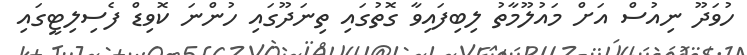
ހުވަދޫ ނިއުސް އަށް މައުލޫމާތު ލިބިފައިވާ ގޮތުގައި ތިނަދޫގައި ހުންނަ ކޮވިޑް ފެސިލިޓީގައި